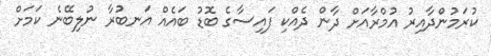
ކުރަމުންދާއިރު އުމްރާއަށް ދާން ދެއްކި ފައިސާގެ ބޮޑު ބައެއް އަނބުރާ ނުލިބޭނެ ކަމަށް